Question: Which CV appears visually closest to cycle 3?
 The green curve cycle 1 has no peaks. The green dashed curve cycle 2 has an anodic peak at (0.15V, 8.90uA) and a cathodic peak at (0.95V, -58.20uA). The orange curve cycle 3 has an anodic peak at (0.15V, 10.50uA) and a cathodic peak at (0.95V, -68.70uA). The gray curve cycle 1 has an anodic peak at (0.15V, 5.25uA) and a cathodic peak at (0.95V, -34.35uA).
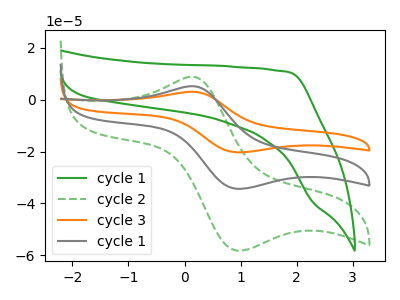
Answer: <think>"cycle 1" and "cycle 2" have a different number of peaks. "cycle 1" and "cycle 3" have a different number of peaks. "cycle 1" and "cycle 1" have a different number of peaks. All the peaks in "cycle 2" have a peak in "cycle 3" at the same potential. Every peak in "cycle 2" is lower than every peak in "cycle 3". All the peaks in "cycle 2" have a peak in "cycle 1" at the same potential. Every peak in "cycle 2" is higher than every peak in "cycle 1". All the peaks in "cycle 3" have a peak in "cycle 1" at the same potential. Every peak in "cycle 3" is higher than every peak in "cycle 1".
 </think>
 <answer>"cycle 3" and "cycle 1" have a similar shape to "cycle 2".</answer>
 <eval>"cycle 3" "cycle 1"</eval>